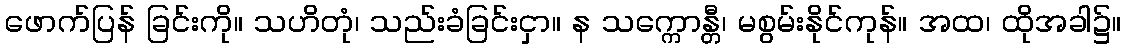
ဖောက်ပြန် ခြင်းကို။ သဟိတုံ၊ သည်းခံခြင်းငှာ။ န သက္ကောန္တီ၊ မစွမ်းနိုင်ကုန်။ အထ၊ ထိုအခါ၌။